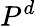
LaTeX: P^{d}